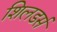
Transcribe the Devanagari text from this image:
शिलडर्स